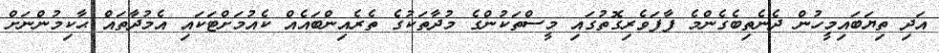
އަދި ތިޔަބައިމީހުން ދެނެތިބެގެންމެ ފާފަވެރިގޮތުގައި މީސްތަކުންގެ މުދާތަކުގެ ތެރެއިންބައެއް ކެއުމަށްޓަކައި އެމުދާތައް ޙާކިމުންނަށް